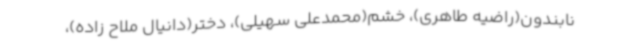
نابندون(راضیه طاهری)، خشم(محمدعلی سهیلی)، دختر(دانیال ملاح زاده)،